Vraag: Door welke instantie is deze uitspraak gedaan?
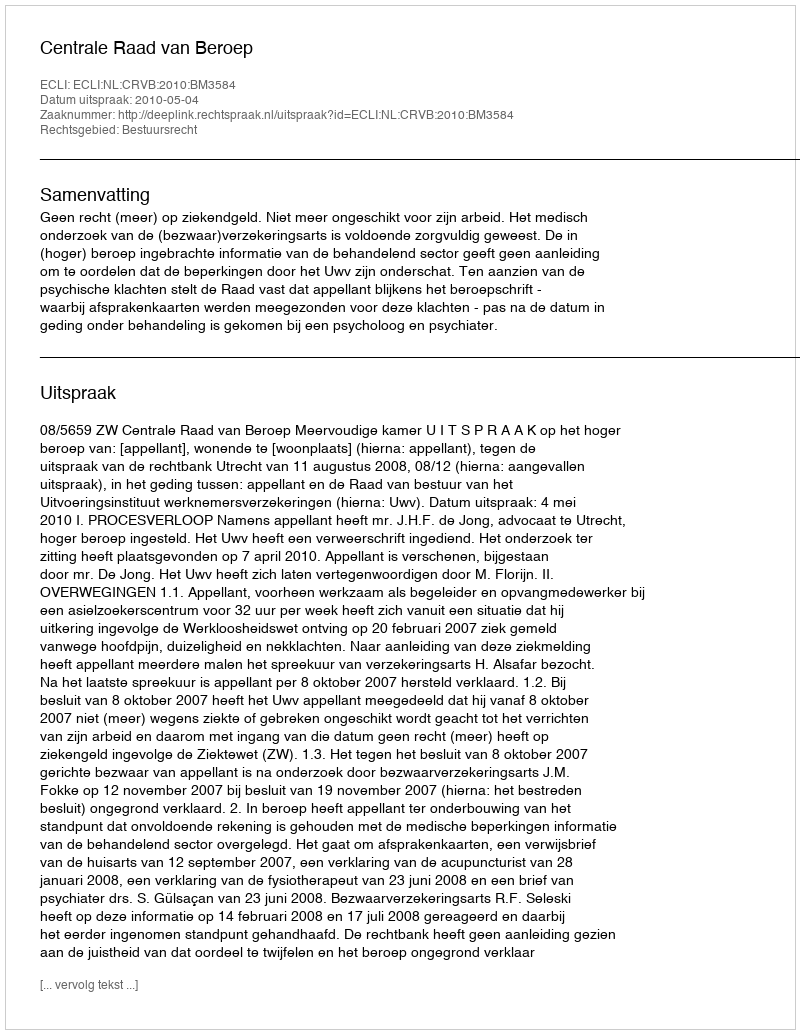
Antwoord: Centrale Raad van Beroep